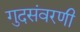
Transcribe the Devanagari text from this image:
गुदसंवरणी